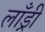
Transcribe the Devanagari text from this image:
लाँड्री